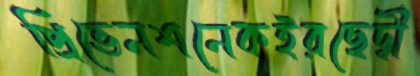
প্রিভেনশনেকইরছেদ্বী